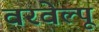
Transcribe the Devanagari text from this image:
वरवेल्पू